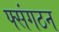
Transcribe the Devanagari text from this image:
फ्संगठन